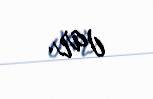
var.